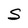
Character: S